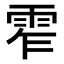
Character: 𩂖